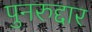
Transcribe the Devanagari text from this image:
पुनरुद्दार